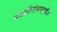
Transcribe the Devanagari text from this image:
सक्सीनोनाइट्राईल